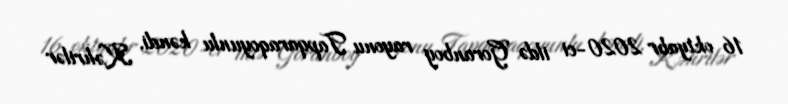
16 oktyabr 2020-ci ildə Goranboy rayonu Tapqaraqoyunlu kəndi, Kəhrilər